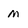
Character: M